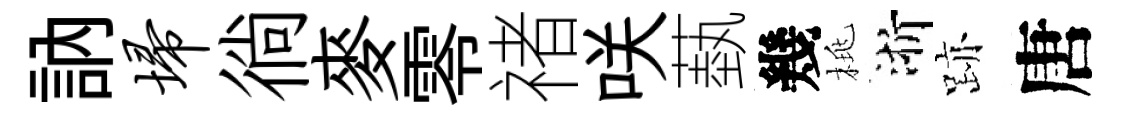
訥埽徜麥零禇咲蓺幾桃浙跡唐